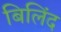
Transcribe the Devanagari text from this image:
बिलिंद